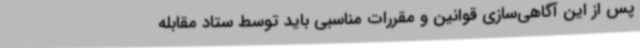
پس از این آگاهی‌سازی قوانین و مقررات مناسبی باید توسط ستاد مقابله